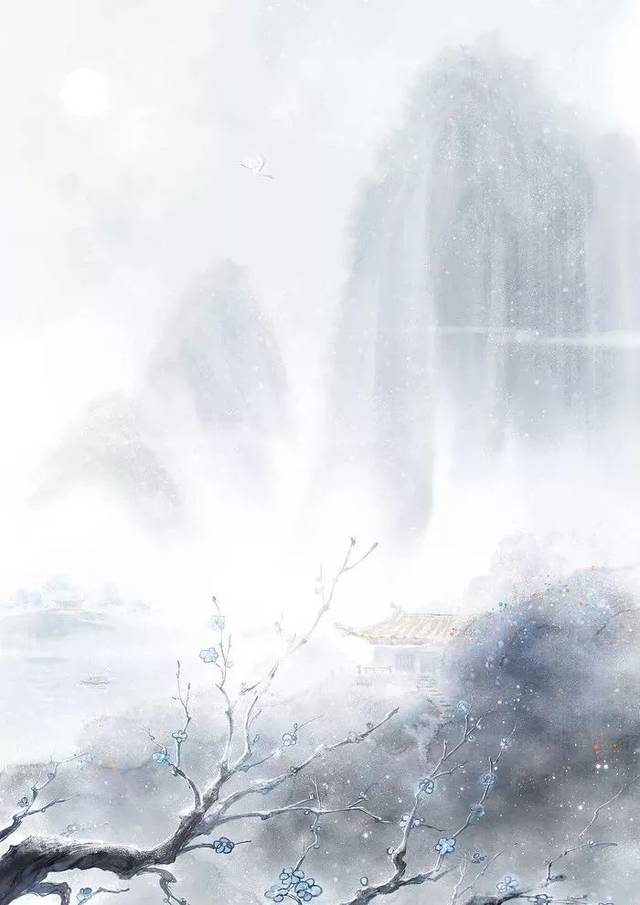
庭户无人秋月明，夜霜欲落气先清。